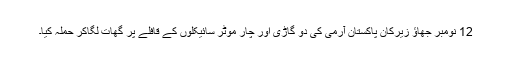
12 نومبر جھاؤ زیرکان پاکستان آرمی کی دو گاڑی اور چار موٹر سائیکلوں کے قافلے پر گھات لگاکر حملہ کیا۔